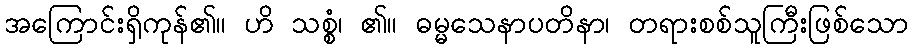
အကြောင်းရှိကုန်၏။ ဟိ သစ္စံ၊ ၏။ ဓမ္မသေနာပတိနာ၊ တရားစစ်သူကြီးဖြစ်သော